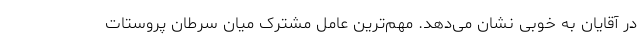
در آقایان به خوبی نشان می‌دهد. مهم‌ترین عامل مشترک میان سرطان پروستات